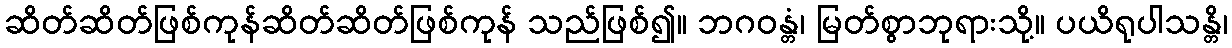
ဆိတ်ဆိတ်ဖြစ်ကုန်ဆိတ်ဆိတ်ဖြစ်ကုန် သည်ဖြစ်၍။ ဘဂဝန္တံ၊ မြတ်စွာဘုရားသို့။ ပယိရုပါသန္တိ၊